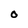
Character: O